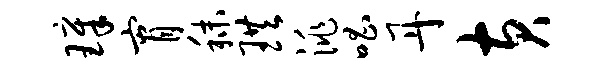
璋宵秣珙洮唱丹黄